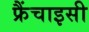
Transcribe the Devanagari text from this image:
फ्रैंचाइसी